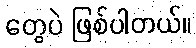
တွေပဲ ဖြစ်ပါတယ်။